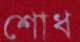
শোধ